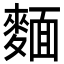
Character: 麵